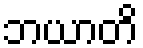
ဘယာတိ